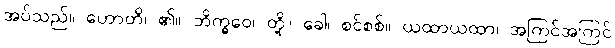
အပ်သည်။ ဟောတိ၊ ၏။ ဘိက္ခဝေ၊ တို့။ ခေါ၊ စင်စစ်။ ယထာယထာ၊ အကြင်အကြင်